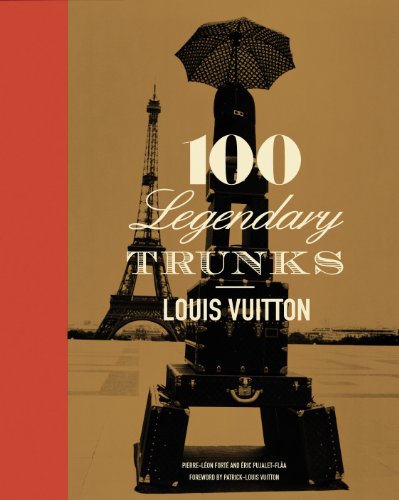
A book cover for Louis Vuitton: 100 Legendary Trunks; Pierre Pujalet-Plaa, Eric Leonforte; Arts & Photography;